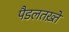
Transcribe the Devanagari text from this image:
पैडलतख़्ते